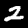
Label: 2